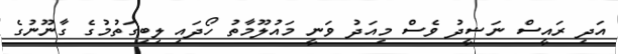
އަދި ރައީސް ނަޝީދު ވެސް މިއަދު ވަނީ މައުލޫމާތު ހޯދައި ލިބިގަތުމުގެ ގާނޫނުގެ